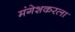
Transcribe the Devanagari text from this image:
मंगेशकरला